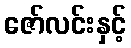
ဇော်လင်းနှင့်